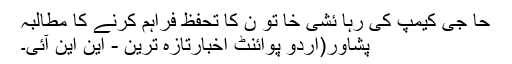
حا جی کیمپ کی رہا ئشی خا تو ن کا تحفظ فراہم کرنے کا مطالبہ
پشاور(اُردو پوائنٹ اخبارتازہ ترین - این این آئی۔